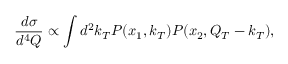
\frac { d \sigma } { d ^ { 4 } Q } \propto \int d ^ { 2 } k _ { T } P ( x _ { 1 } , k _ { T } ) P ( x _ { 2 } , Q _ { T } - k _ { T } ) ,